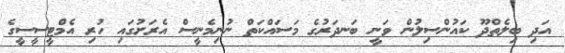
އަދި ބިލެތްދޫ ކައުންސިލުން ވަނީ ބަނދަރުގެ މަސައްކަތް ނުނިމެނީސް އެރަށުގައި ހުރި އެމްޓީސީސީގެ